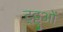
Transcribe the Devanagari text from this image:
ट्ट्टुओं